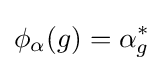
\phi _{\alpha }(g)=\alpha _{g}^{*}